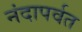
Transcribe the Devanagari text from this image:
नंदापर्वत